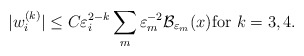
\begin{align*}|w_i^{(k)}|\le C\varepsilon_i^{2-k}\sum_m\varepsilon_m^{-2}{\cal B}_{\varepsilon_m} (x){\rm for}\,\,k=3,4.\end{align*}